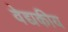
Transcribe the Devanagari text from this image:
वेद्यकीय